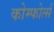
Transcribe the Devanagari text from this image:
कोम्फोर्त्स